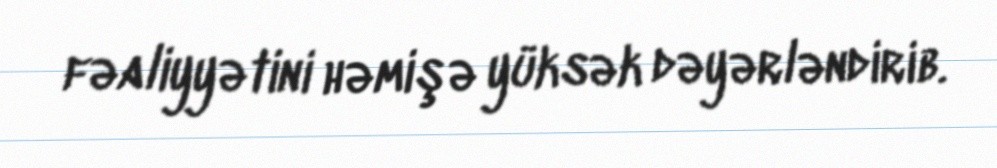
fəaliyyətini həmişə yüksək dəyərləndirib.